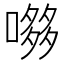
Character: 𭊶